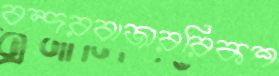
বন্দরবাজাররিকশ